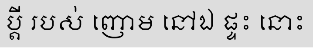
ប្តី របស់ ញោម នៅឯ ផ្ទះ នោះ